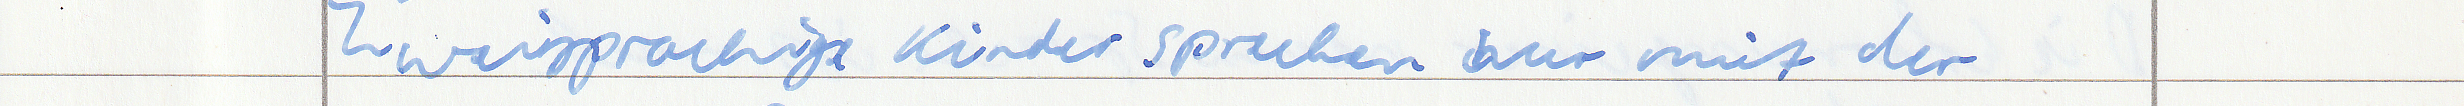
Zweisprachige Kinder sprechen nur mit der